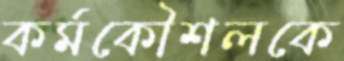
কর্মকৌশলকে